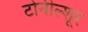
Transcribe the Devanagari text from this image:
टोनील्शूर